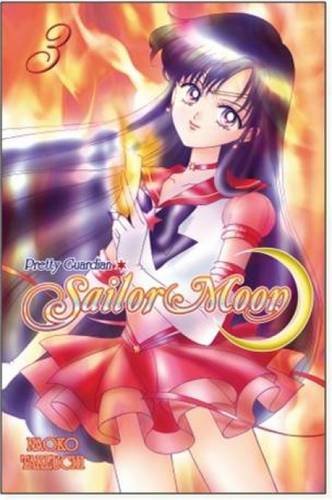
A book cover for Sailor Moon 3; Naoko Takeuchi; Comics & Graphic Novels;